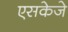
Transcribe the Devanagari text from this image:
एसकेजे